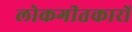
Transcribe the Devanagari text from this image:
लोकगीतकारों